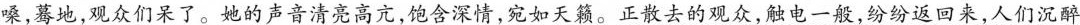
嗓，蓦地，观众们呆了。她的声音清亮高亢，饱含深情，宛如天籁。正散去的观众，触电一般，纷纷返回来，人们沉醉